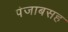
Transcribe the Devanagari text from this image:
पंजाबसह